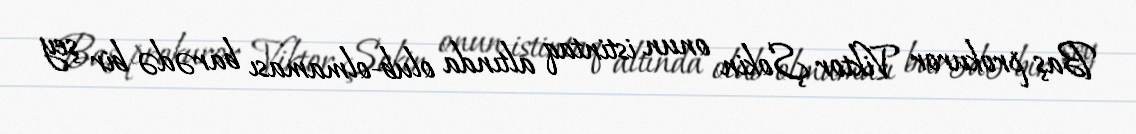
Baş prokuror Viktor Şokin onun istintaq altında olub-olmaması barədə bir şey